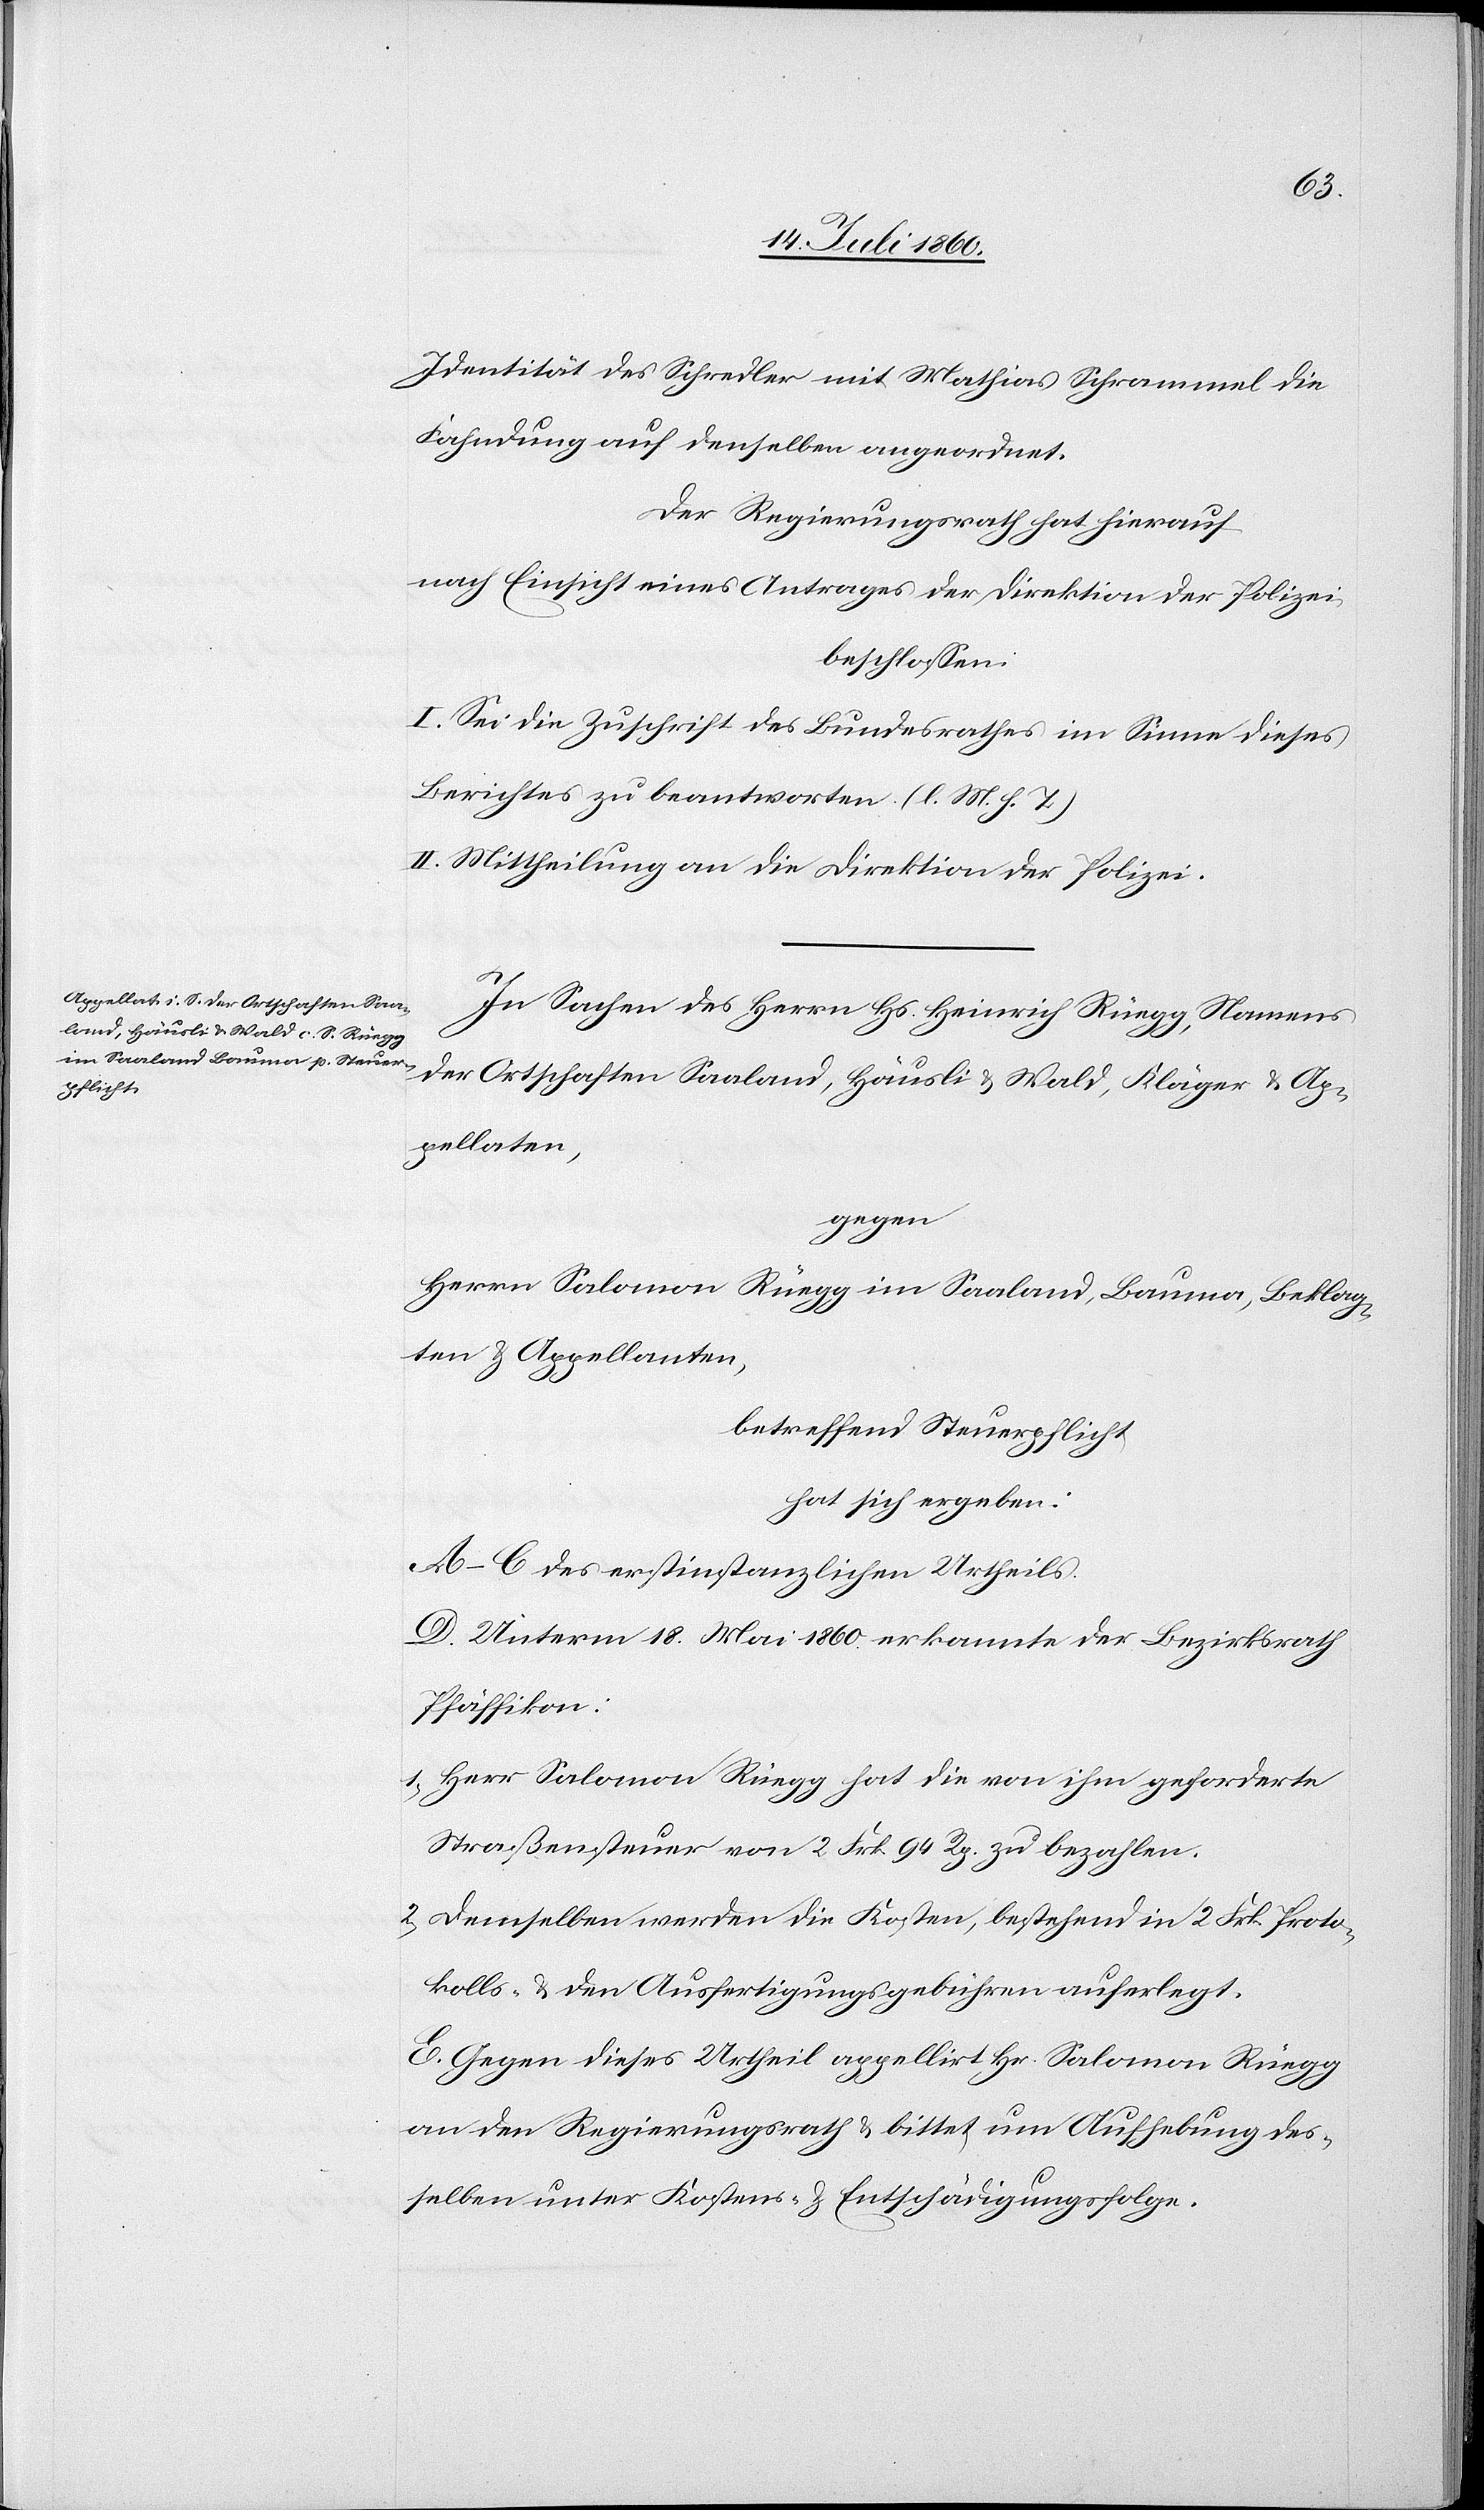
Identität des Schredler mit Mathias Schrammel die
Fahndung auf denselben angeordnet.
Der Regierungsrath hat hierauf
nach Einsicht eines Antrages der Direktion der Polizei,
beschlossen:
I. Sei die Zuschrift des Bundesrathes im Sinne dieses
Berichtes zu beantworten. (l. M. h. T.)
II. Mittheilung an die Direktion der Polizei.
In Sachen des Herrn Hs. Heinrich Rüegg, Namens
der Ortschaften Saaland, Häusli & Wald, Kläger & Ap¬
pellaten,
gegen
Herrn Salomon Rüegg im Saaland, Bauma, Beklag¬
ten & Appellanten,
betreffend Steuerpflicht
hat sich ergeben:
A.–C. des erstinstanzlichen Urtheils.
D. Unterm 18. Mai 1860 erkannte der Bezirksrath
Pfäffikon:
1) Herr Salomon Rüegg hat die von ihm geforderte
Straßensteuer von 2 Frk. 94 Rp. zu bezahlen.
2) Demselben werden die Kosten, bestehend in 2 Frk. Proto¬
kolls- & den Ausfertigungsgebühren auferlegt.
E. Gegen dieses Urtheil appellirt Hr. Salomon Rüegg
an den Regierungsrath & bittet um Aufhebung des¬
selben unter Kostens- & Entschädigungsfolge.